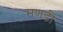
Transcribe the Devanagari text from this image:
मणडी